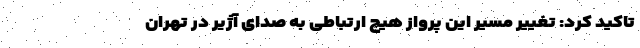
تاکید کرد: تغییر مسیر این پرواز هیچ ارتباطی به صدای آژیر در تهران